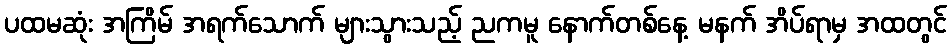
ပထမဆုံး အကြိမ် အရက်သောက် များသွားသည့် ညကမူ နောက်တစ်နေ့ မနက် အိပ်ရာမှ အထတွင်